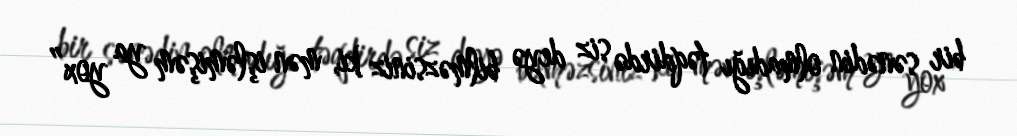
bir sənədin olmadığı təqdirdə siz deyə bilməzsiniz ki, mən işləmişəm ya yox”